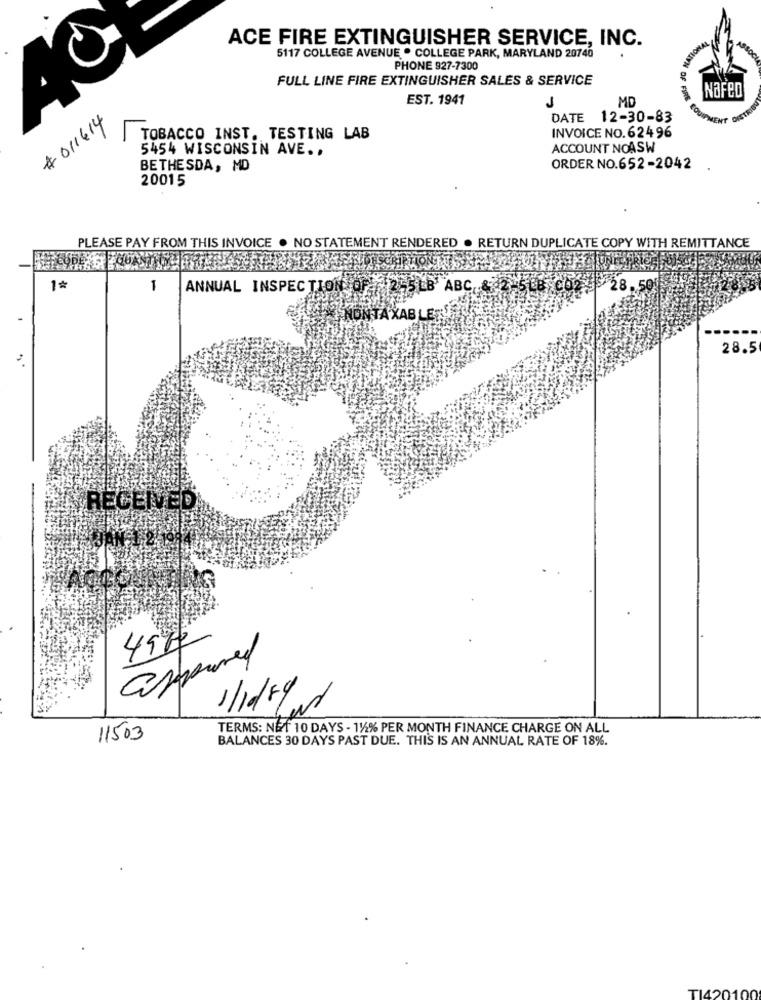
ACE FIRE EXTINGUISHER SERVICE, INC.
5117 COLLEGE AVENUE . COLLEGE PARK, MARYLAND 20740
PHONE 927-7300
FULL LINE FIRE EXTINGUISHER SALES & SERVICE
EST. 1941
MD
Of FIRE
NaFeD
J
# 011614
DATE 12-30-83
INVOICE NO.62496
TOBACCO INST. TESTING LAB
5454 WISCONSIN AVE ..
ACCOUNT NOASW
BETHESDA, MD
ORDER NO.652-2042
20015
PLEASE PAY FROM THIS INVOICE . NO STATEMENT RENDERED . RETURN DUPLICATE COPY WITH REMITTANCE
1
ANNUAL INSPECTION
B' ABC. 2-5LB CO2 28. 50
TAXABLES
28.5
RECEIVED
assured
49
1/10/59and
TERMS: NET 10 DAYS - 11% PER MONTH FINANCE CHARGE ON ALL
11503
BALANCES 30 DAYS PAST DUE. THIS IS AN ANNUAL RATE OF 18%.
TI4201